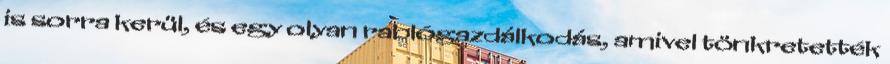
is sorra kerül, és egy olyan rablógazdálkodás, amivel tönkretették